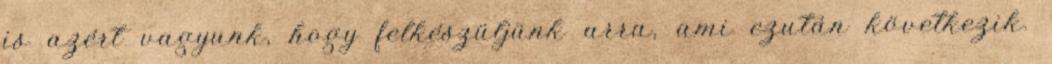
is azért vagyunk, hogy felkészüljünk arra, ami ezután következik.